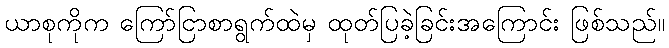
ယာစုကိုက ကြော်ငြာစာရွက်ထဲမှ ထုတ်ပြခဲ့ခြင်းအကြောင်း ဖြစ်သည်။